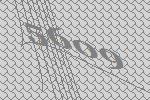
5609